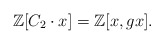
\begin{align*}\mathbb Z[C_{2}\cdot x]=\mathbb Z[x,gx].\end{align*}